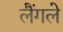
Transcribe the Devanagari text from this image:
लैंगले